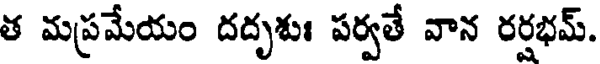
త మప్రమేయం దదృశుః పర్వతే వాన రర్షభమ్.